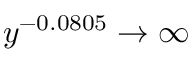
y ^ { - 0 . 0 8 0 5 } \rightarrow \infty